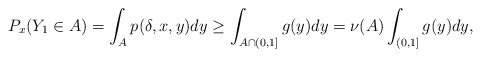
\begin{align*}P_x(Y_1\in A)=\int_{A}p(\delta,x,y)dy \ge \int_{A \cap(0,1]}g(y)dy =\nu(A) \int_{(0,1]}g(y)dy,\end{align*}